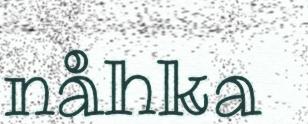
nåhka